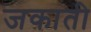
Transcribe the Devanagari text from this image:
जकाती